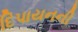
દિપાયનની